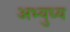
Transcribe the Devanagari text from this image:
अभ्युध्य